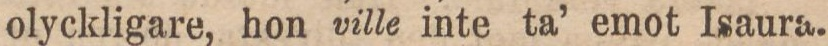
olyckligare, hon ville inte ta’ emot Isaura.